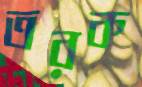
তরক